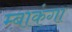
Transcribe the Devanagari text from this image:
म्बाकंगा